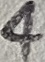
Text: 4